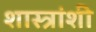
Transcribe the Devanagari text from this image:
शास्त्रांशी